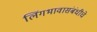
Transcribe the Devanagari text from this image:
लिंगभावासंबंधीचे